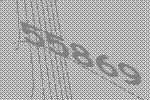
55869